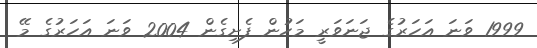
1999 ވަނަ އަހަރުގެ ޖަނަވަރީ މަހުން ފެށިގެން 2004 ވަނަ އަހަރުގެ މޭ